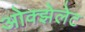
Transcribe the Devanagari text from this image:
ओक्झेलेट